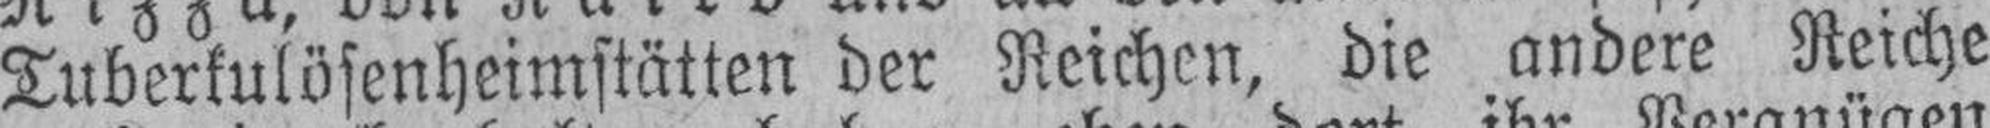
Tuberkulösenheimstätten der Reichen, die andere Reiche